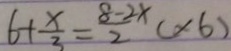
6 + \frac { x } { 3 } = \frac { 8 - 2 x } { 2 } ( x 6 )